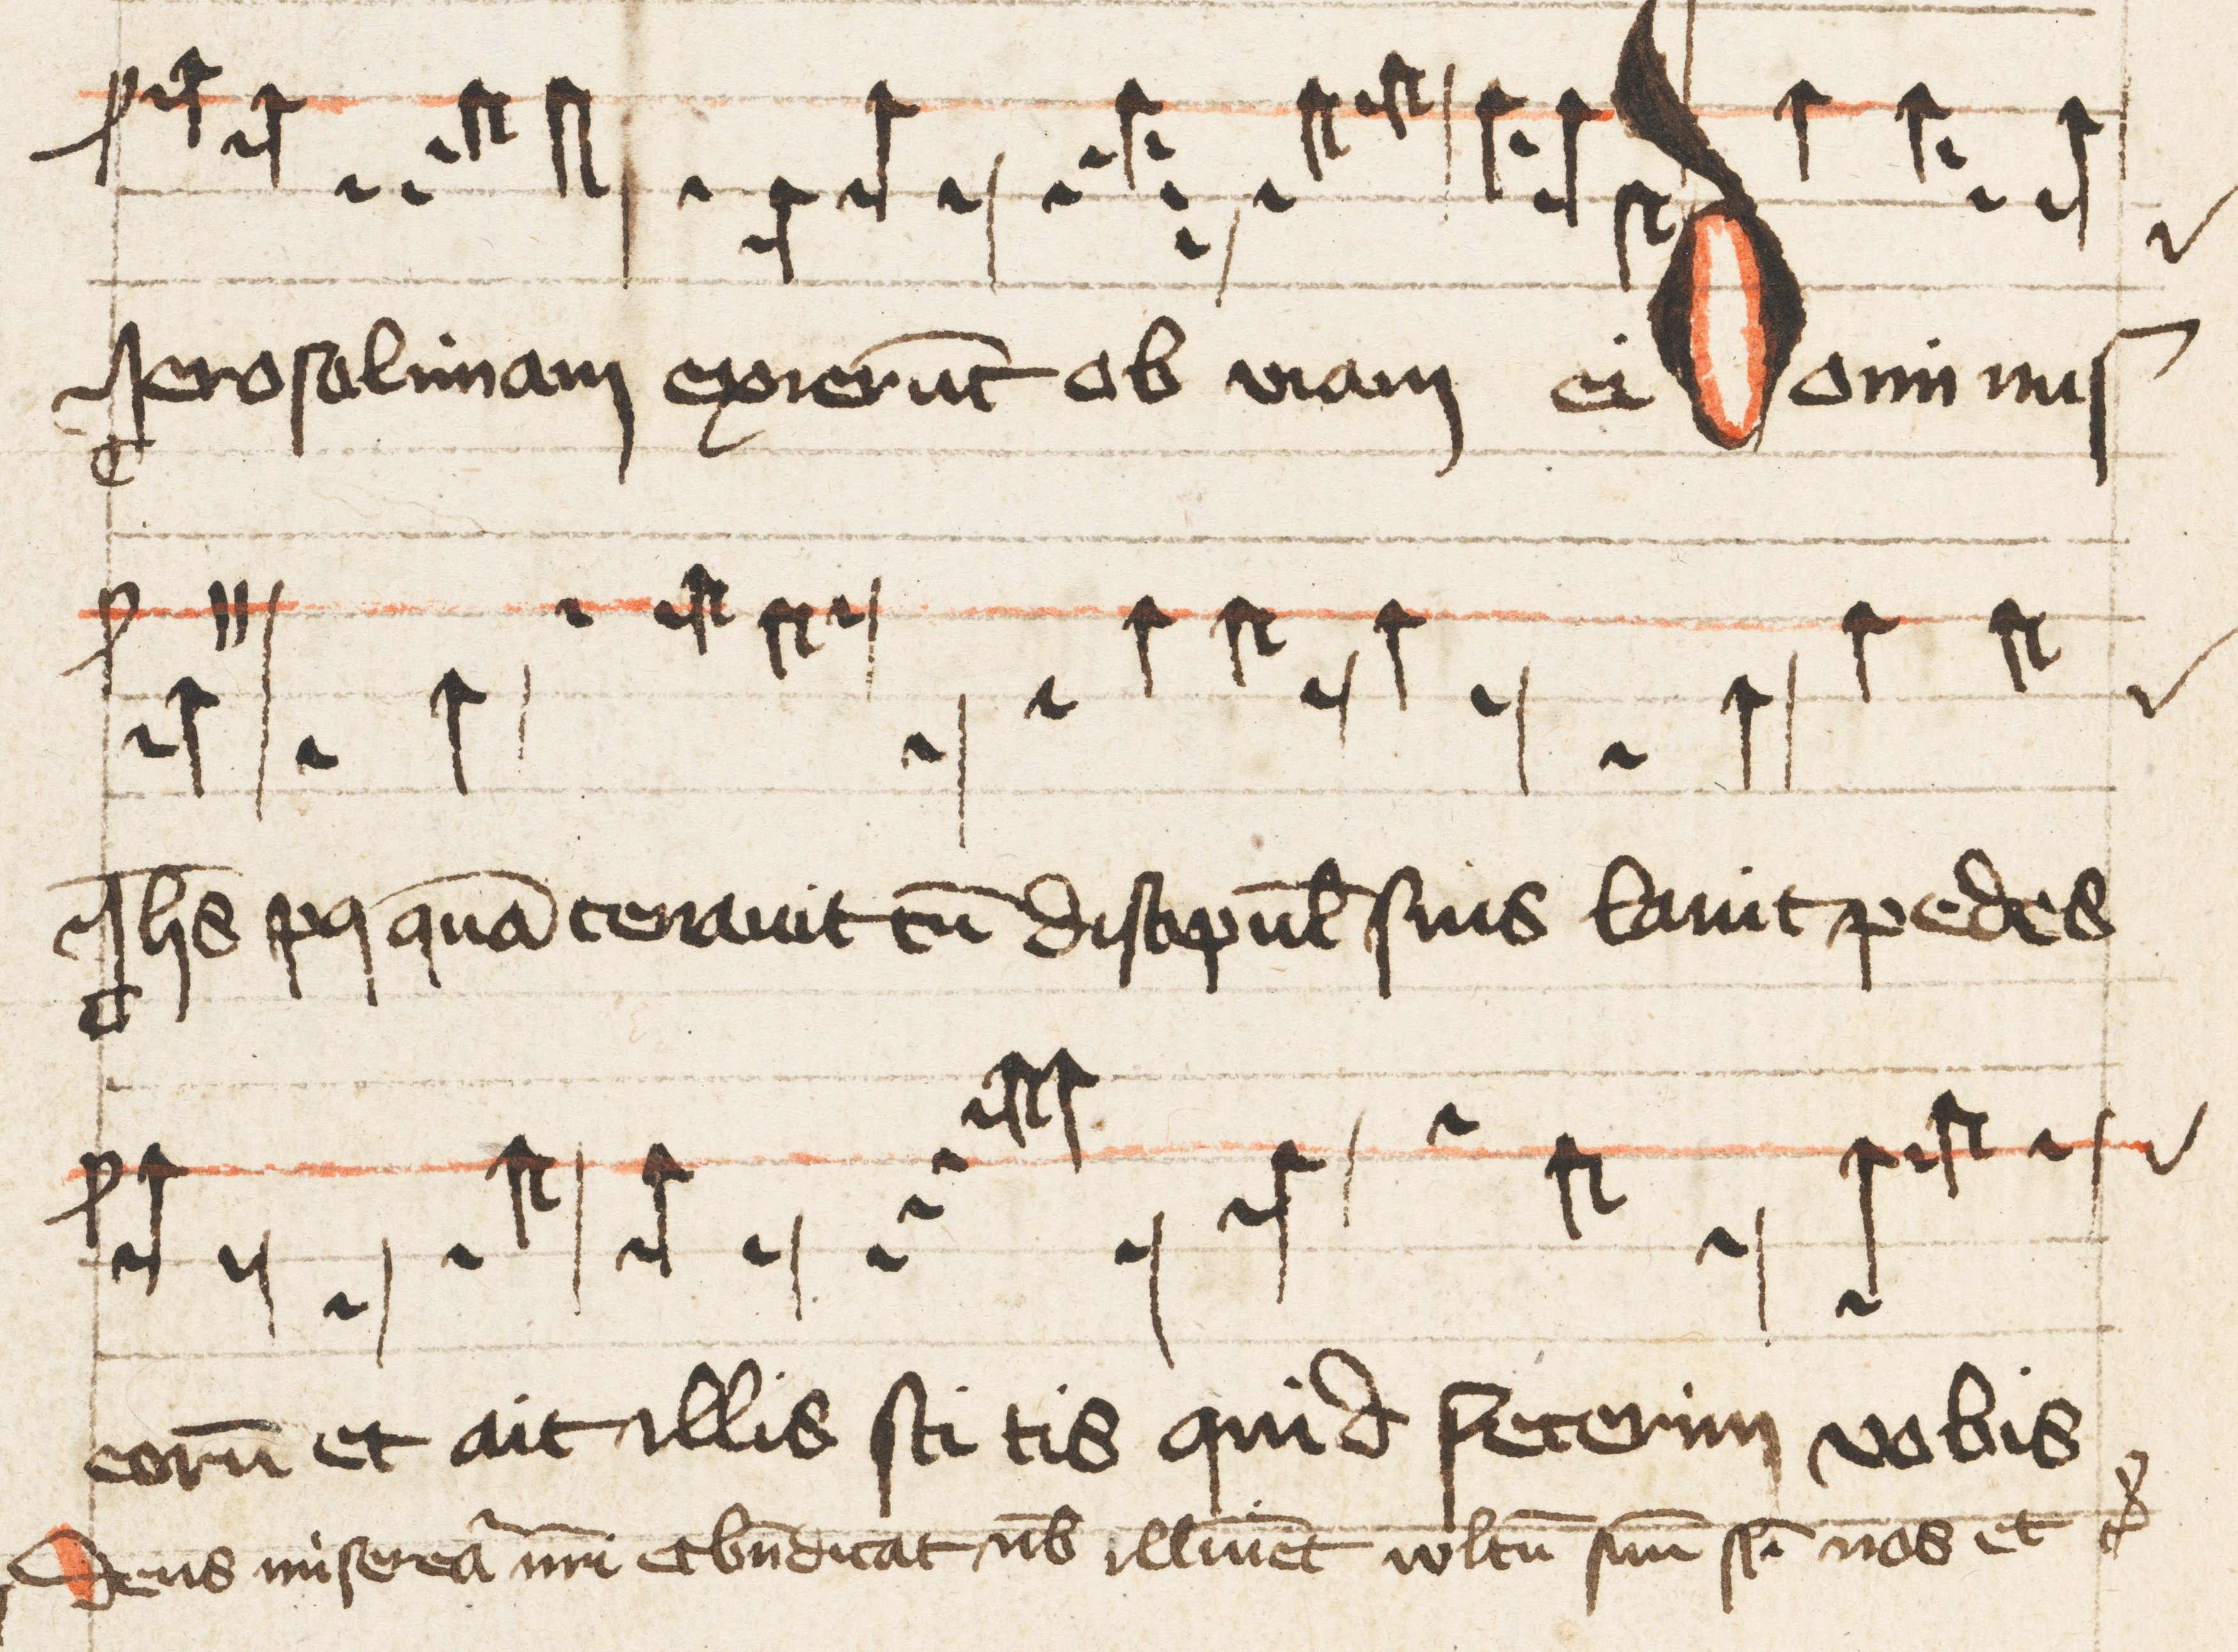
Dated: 1500–1599